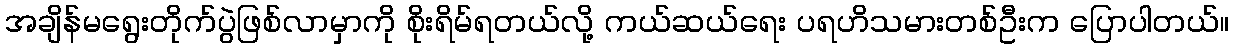
အချိန်မရွေးတိုက်ပွဲဖြစ်လာမှာကို စိုးရိမ်ရတယ်လို့ ကယ်ဆယ်ရေး ပရဟိသမားတစ်ဦးက ပြောပါတယ်။